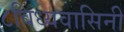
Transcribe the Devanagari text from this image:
८विंध्यवासिनी